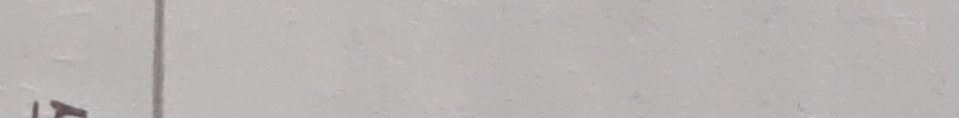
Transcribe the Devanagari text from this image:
अ